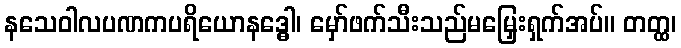
နသေဝါလပဏကပရိယောနဒ္ဓေါ၊ မှော်ဖက်သီးသည်မမြှေးရှက်အပ်။ တတ္ထ၊